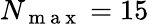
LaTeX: N_{\mathrm{~m~a~x~}}=15